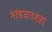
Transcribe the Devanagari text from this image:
भांडवलशहा